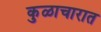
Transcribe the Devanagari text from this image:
कुळाचारात